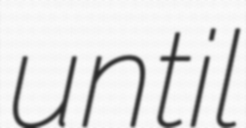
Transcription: until